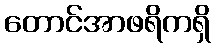
တောင်အာဖရိကရှိ